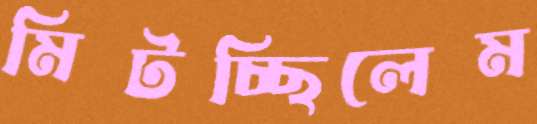
মিটচ্ছিলেম